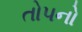
તોપનો